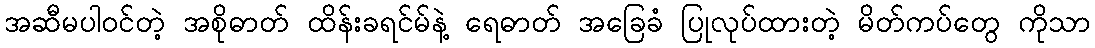
အဆီမပါဝင်တဲ့ အစိုဓာတ် ထိန်းခရင်မ်နဲ့ ရေဓာတ် အခြေခံ ပြုလုပ်ထားတဲ့ မိတ်ကပ်တွေ ကိုသာ